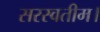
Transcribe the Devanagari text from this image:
सरस्वतीम।